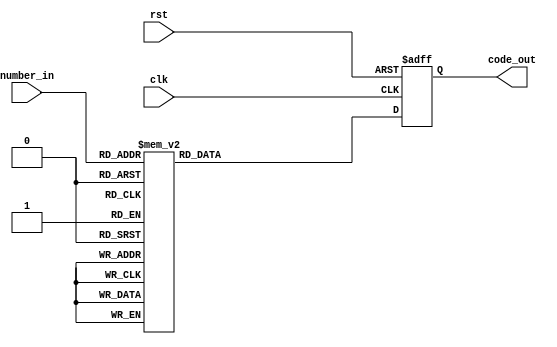
module seg(
	clk,
	rst,
	number_in,
	code_out
);

input clk;
input rst;
input [3:0]number_in;
output [6:0]code_out;

reg [6:0]code_out;

always@(posedge clk or negedge rst)
begin
	if(!rst)
		code_out<=7'b1000000;
	else
		begin
			case(number_in)
			4'h0: code_out <= 7'b1000000; //0  
			4'h1: code_out <= 7'b1111001; //1
			4'h2: code_out <= 7'b0100100; //2
			4'h3: code_out <= 7'b0110000; //3
			4'h4: code_out <= 7'b0011001; //4
			4'h5: code_out <= 7'b0010010; //5
			4'h6: code_out <= 7'b0000010; //6
			4'h7: code_out <= 7'b1111000; //7
			4'h8: code_out <= 7'b0000000; //8
			4'h9: code_out <= 7'b0011000; //9
			4'ha: code_out <= 7'b0001000; //a
			4'hb: code_out <= 7'b0000011; //b
			4'hc: code_out <= 7'b1000110; //c
			4'hd: code_out <= 7'b0100001; //d
			4'he: code_out <= 7'b0000110; //e
			4'hf: code_out <= 7'b0001110; //f
	     default: code_out <= 7'b0111111; //0	
		  endcase
		end
end
endmodule